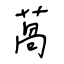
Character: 萵